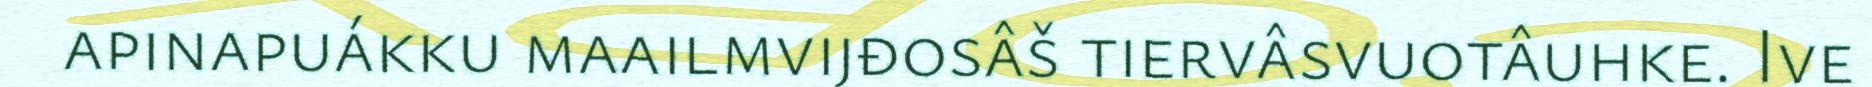
apinapuákku maailmvijđosâš tiervâsvuotâuhke. Ive